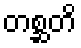
တစ္ဆတိ